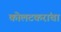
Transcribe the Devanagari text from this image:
कोलटकरांचा